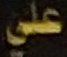
علي